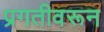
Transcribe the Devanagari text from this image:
प्रगतीवरून